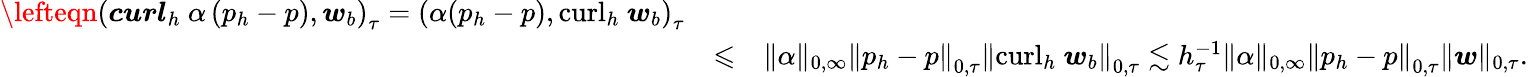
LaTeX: \begin{array}{rlr}{\lefteqn{\left(\boldsymbol{curl}_{h}~\alpha\left(p_{h}-p\right),\boldsymbol{w}_{b}\right)_{\tau}=\left(\alpha(p_{h}-p),\mathrm{curl}_{h}~\boldsymbol{w}_{b}\right)_{\tau}}}\\ &{\leqslant}&{\| \alpha\| _{0,\infty}\left\| p_{h}-p\right\| _{0,\tau}\left\| \mathrm{curl}_{h}~\boldsymbol{w}_{b}\right\| _{0,\tau}\lesssim h_{\tau}^{-1}\| \alpha\| _{0,\infty}\left\| p_{h}-p\right\| _{0,\tau}\| \boldsymbol{w}\| _{0,\tau}.}\end{array}